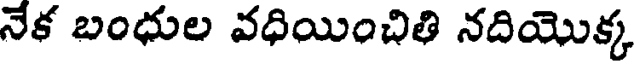
నేక బంధుల వధియించితి నదియొక్క